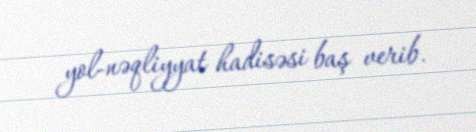
yol-nəqliyyat hadisəsi baş verib.